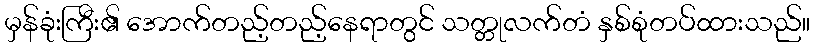
မှန်ခုံးကြီး၏ အောက်တည့်တည့်နေရာတွင် သတ္တုလက်တံ နှစ်စုံတပ်ထားသည်။